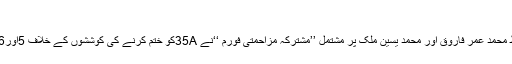
‘‘
سید علی شاہ گیلانی ، میر واعظ محمد عمر فاروق اور محمد یٰسین ملک پر مشتمل ’’مشترکہ مزاحمتی فورم ‘‘نے 35Aکو ختم کرنے کی کوششوں کے خلاف 5اور6اگست کو وادی بند کی کال دی۔